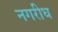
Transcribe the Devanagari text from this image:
नगरीध